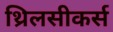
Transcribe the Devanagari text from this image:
थ्रिलसीकर्स